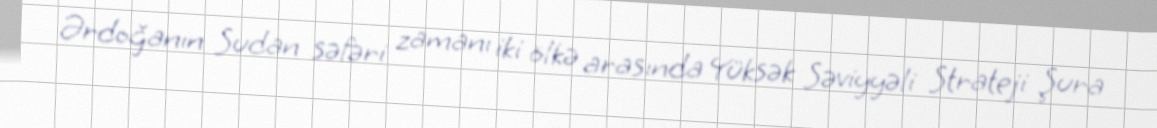
Ərdoğanın Sudan səfəri zamanı iki ölkə arasında Yüksək Səviyyəli Strateji Şura